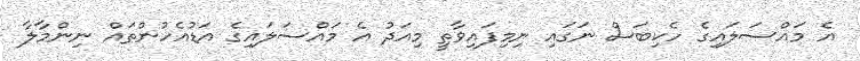
އެ މައްސަލައިގެ ހެކިބަސް ނަގައި ނިމިފައިވާތީ މިއަދު އެ މައްސަލައިގެ އަޑުއެހުންތައް ނިންމާލާ